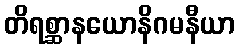
တိရစ္ဆာနယောနိဂမနီယာ